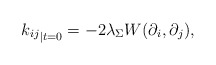
\begin{align*}{k_{ij}}_{|t=0} = -2 \lambda_{\Sigma} W(\partial_i,\partial_j), \end{align*}